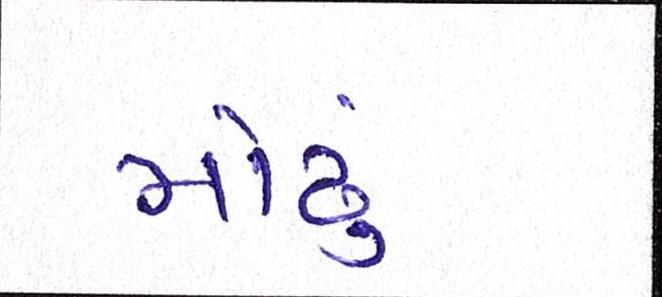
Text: મોઢું